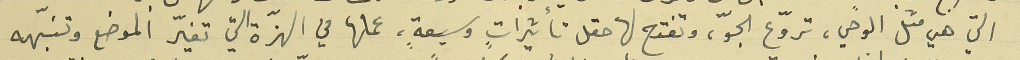
التي هي متل الوحي، تروّع الجوّ، وتفتح لها حقل تأثيراتٍ وسيعةٍ، عملها في الهزّة التي تغيّر الموضع وتنبهّه